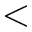
<